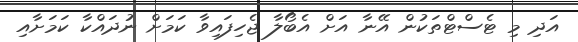
އަދި މި ޓެސްޓްތަކުން އޭނާ އަށް އެބޯލާ ޖެހިފައިވާ ކަމަށް ނުދައްކާ ކަމަށާއި